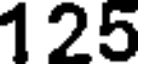
125